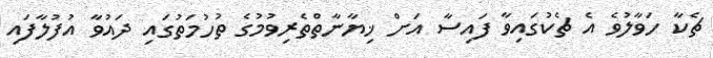
ޗެކާ ހަވާލުވެ އެ ޗެކުގައިވާ ފައިސާ އަށް ޚިޔާނާތްތެރިވުމުގެ ތުހުމަތުގައި ދައުވާ އުފުލާފައި